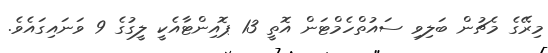
މިރޭގެ މެޗުން ބަލިވި ސައުތްހެމްޓަން އޮތީ 13 ޕޮއިންޓާއެކީ ލީގުގެ 9 ވަނައިގައެވެ.